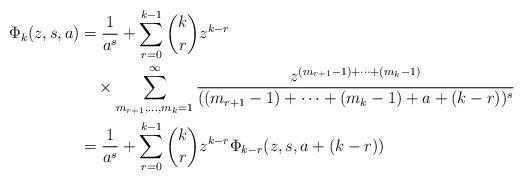
LaTeX: \begin{align*}\begin{aligned}\Phi_k(z,s,a)&=\frac1{a^s}+\sum_{r=0}^{k-1}\binom{k}r z^{k-r}\\&\quad\times\sum_{m_{r+1},\ldots,m_k=1}^\infty\frac{z^{(m_{r+1}-1)+\dots+(m_k-1)}}{((m_{r+1}-1)+\dots+(m_k-1)+a+(k-r))^{s}}\\&=\frac1{a^s}+\sum_{r=0}^{k-1}\binom{k}r z^{k-r}\Phi_{k-r}(z,s,a+(k-r))\end{aligned}\end{align*}